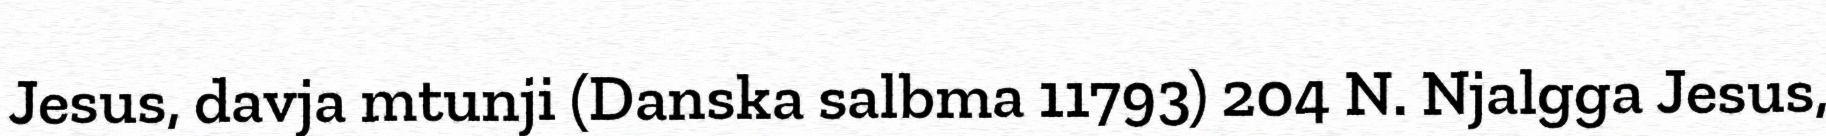
Jesus, davja mtunji (Danska salbma 11793) 204 N. Njalgga Jesus,